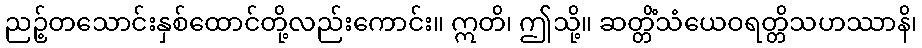
ညဉ့်တသောင်းနှစ်ထောင်တို့လည်းကောင်း။ ဣတိ၊ ဤသို့။ ဆတ္တိံသံယေဝရတ္တိသဟဿာနိ၊